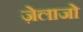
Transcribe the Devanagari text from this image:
ज़ेलाजो